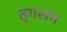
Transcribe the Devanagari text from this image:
तुगलग